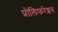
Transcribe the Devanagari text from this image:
प्रोलिफरेशन